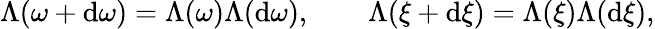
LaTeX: \Lambda(\omega+\mathrm{d}\omega)=\Lambda(\omega)\Lambda(\mathrm{d}\omega),\qquad\Lambda(\xi+\mathrm{d}\xi)=\Lambda(\xi)\Lambda(\mathrm{d}\xi),